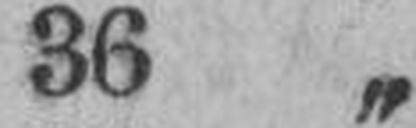
36 „